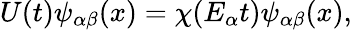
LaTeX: U(t)\psi_{\alpha\beta}(x)=\chi(E_{\alpha}t)\psi_{\alpha\beta}(x),